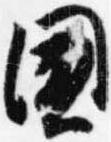
国